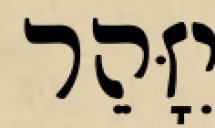
יִזָּהֵר